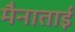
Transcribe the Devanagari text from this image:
मैनाताई